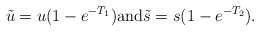
\begin{align*}\tilde u=u(1-e^{-T_1})\mbox{and}\tilde s=s(1-e^{-T_2}).\end{align*}